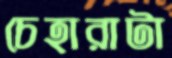
চেহারাটা